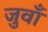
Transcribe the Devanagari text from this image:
जुवाँ